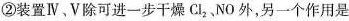
②装置Ⅳ、V除可进一步干燥Cl_{2}，NO外，另一个作用是